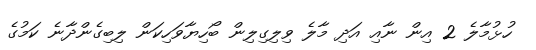
ހުޅުމާލެ 2 އިން ނާއި އަދި މާލެ ވިލިގިލިން ބޯހިޔާވަހިކަން ލިބިގެންދާނެ ކަމުގެ